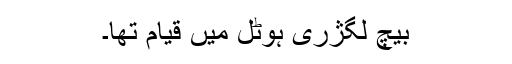
بیچ لگژری ہوٹل میں قیام تھا۔